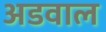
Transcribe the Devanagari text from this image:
अडवाल